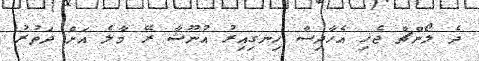
ދެ ލޯންޗް ޖެހި އެހާދިސާ ހިނގިއިރު އުނޫޝާ ރޭ މާލެ އަށް ދަތުރު